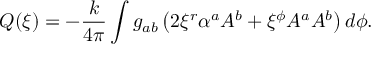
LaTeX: Q ( \xi ) = - { \frac { k } { 4 \pi } } \int g _ { a b } \left( 2 \xi ^ { r } \alpha ^ { a } A ^ { b } + \xi ^ { \phi } A ^ { a } A ^ { b } \right) d \phi .